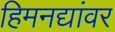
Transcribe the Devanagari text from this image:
हिमनद्यांवर